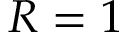
R = 1